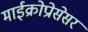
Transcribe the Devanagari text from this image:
माईक्रोप्रोसेसर